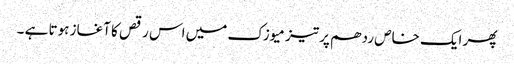
پھر ایک خاص ردھم پر تیز میوزک میں اس رقص کا آغاز ہوتا ہے ۔